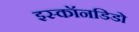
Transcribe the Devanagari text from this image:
इस्कॉनडिडो